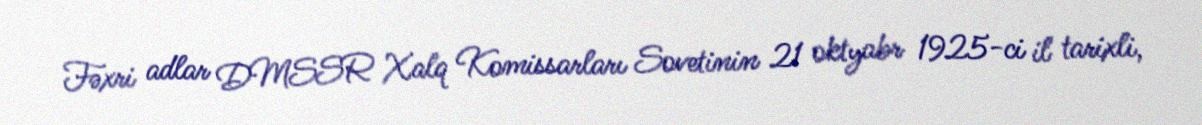
Fəxri adlar DMSSR Xalq Komissarları Sovetinin 21 oktyabr 1925-ci il tarixli,